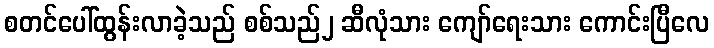
စတင်ပေါ်ထွန်းလာခဲ့သည် စစ်သည်၂ ဆီလုံသား ကျော်ရေးသား ကောင်းပြီလေ